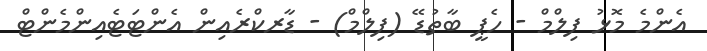
އެންމެ މޮޅު ފިލްމް - ހެޕީ ބާތުޑޭ (ފިލްމް) - ޑާރކްރެއިން އެންޓަޓެއިންމެންޓް